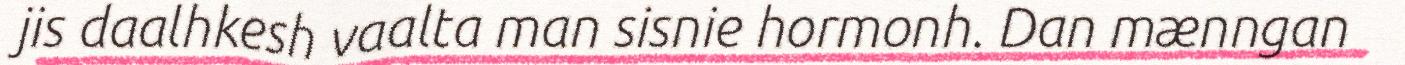
jis daalhkesh vaalta man sisnie hormonh. Dan mænngan